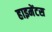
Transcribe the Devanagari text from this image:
हाइमेंटस